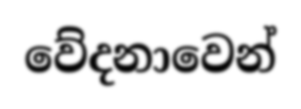
වේදනාවෙන්